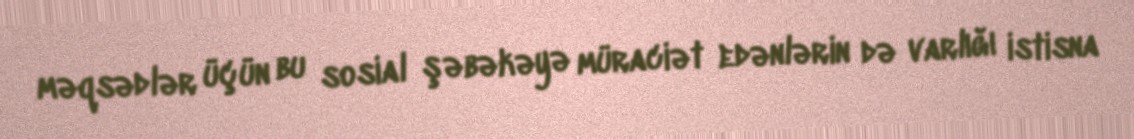
məqsədlər üçün bu sosial şəbəkəyə müraciət edənlərin də varlığı istisna